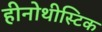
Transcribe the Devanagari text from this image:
हीनोथीस्टिक